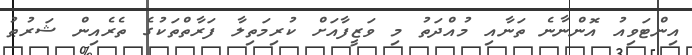
އިންޓަވިއު އޮންނާނެ ތަނާއި މުއްދަތު މި ވަޒީފާއަށް ކުރިމަތިލާ ފަރާތްތަކުގެ ތެރެއިން ޝަރުޠު